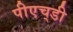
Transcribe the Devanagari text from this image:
पीएच्‌डी